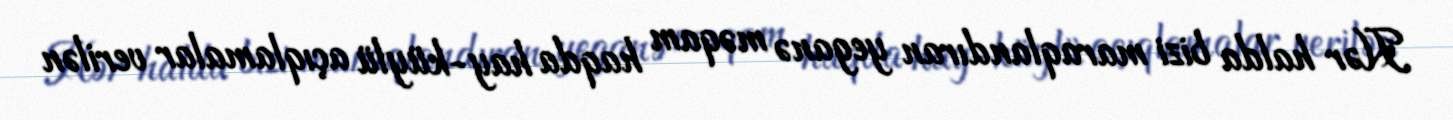
Hər halda bizi maraqlandıran yeganə məqam haqda hay-küylü açıqlamalar verilən